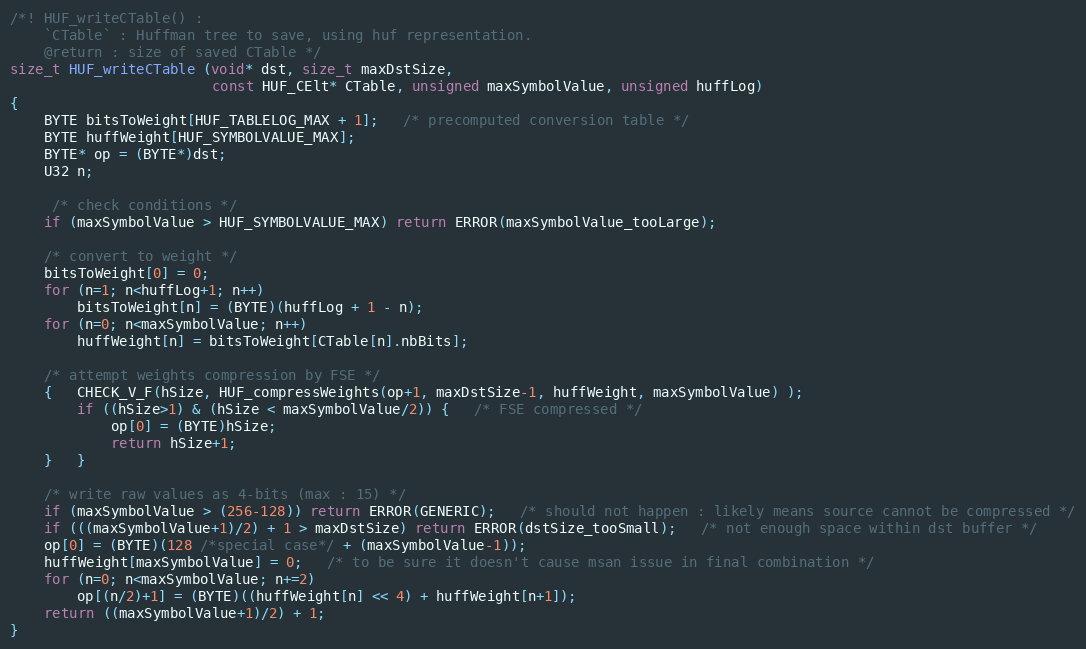
Language: C
/*! HUF_writeCTable() :
    `CTable` : Huffman tree to save, using huf representation.
    @return : size of saved CTable */
size_t HUF_writeCTable (void* dst, size_t maxDstSize,
                        const HUF_CElt* CTable, unsigned maxSymbolValue, unsigned huffLog)
{
    BYTE bitsToWeight[HUF_TABLELOG_MAX + 1];   /* precomputed conversion table */
    BYTE huffWeight[HUF_SYMBOLVALUE_MAX];
    BYTE* op = (BYTE*)dst;
    U32 n;

     /* check conditions */
    if (maxSymbolValue > HUF_SYMBOLVALUE_MAX) return ERROR(maxSymbolValue_tooLarge);

    /* convert to weight */
    bitsToWeight[0] = 0;
    for (n=1; n<huffLog+1; n++)
        bitsToWeight[n] = (BYTE)(huffLog + 1 - n);
    for (n=0; n<maxSymbolValue; n++)
        huffWeight[n] = bitsToWeight[CTable[n].nbBits];

    /* attempt weights compression by FSE */
    {   CHECK_V_F(hSize, HUF_compressWeights(op+1, maxDstSize-1, huffWeight, maxSymbolValue) );
        if ((hSize>1) & (hSize < maxSymbolValue/2)) {   /* FSE compressed */
            op[0] = (BYTE)hSize;
            return hSize+1;
    }   }

    /* write raw values as 4-bits (max : 15) */
    if (maxSymbolValue > (256-128)) return ERROR(GENERIC);   /* should not happen : likely means source cannot be compressed */
    if (((maxSymbolValue+1)/2) + 1 > maxDstSize) return ERROR(dstSize_tooSmall);   /* not enough space within dst buffer */
    op[0] = (BYTE)(128 /*special case*/ + (maxSymbolValue-1));
    huffWeight[maxSymbolValue] = 0;   /* to be sure it doesn't cause msan issue in final combination */
    for (n=0; n<maxSymbolValue; n+=2)
        op[(n/2)+1] = (BYTE)((huffWeight[n] << 4) + huffWeight[n+1]);
    return ((maxSymbolValue+1)/2) + 1;
}